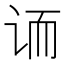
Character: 𲂈